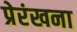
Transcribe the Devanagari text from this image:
प्रेरंखना